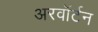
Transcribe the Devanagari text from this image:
अरवॉर्टन